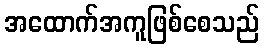
အထောက်အကူဖြစ်စေသည်